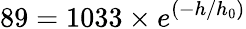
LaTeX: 89=1033\times e^{(-h/h_{0})}